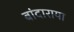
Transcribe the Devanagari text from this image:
बांदाराया